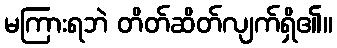
မကြားရဘဲ တိတ်ဆိတ်လျက်ရှိ၏။